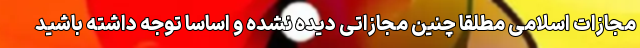
مجازات اسلامی مطلقا چنین مجازاتی دیده نشده و اساسا توجه داشته باشید